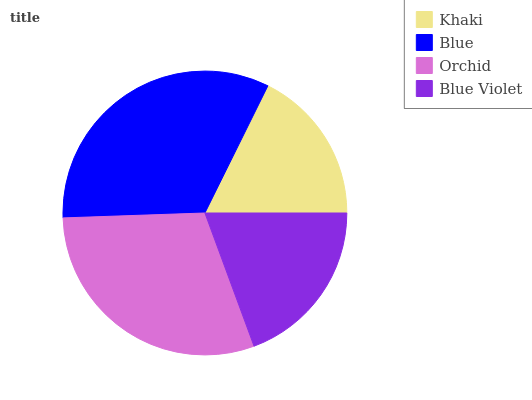
| Khaki | Blue | Orchid | Blue Violet |
 | --- | --- | --- | --- |
 | 17.6% | 32.9% | 30% | 19.4% |